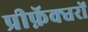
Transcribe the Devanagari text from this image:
प्रीफ़ॅक्चरों